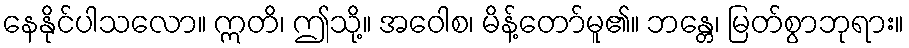
နေနိုင်ပါသလော။ ဣတိ၊ ဤသို့။ အဝေါစ၊ မိန့်တော်မူ၏။ ဘန္တေ၊ မြတ်စွာဘုရား။